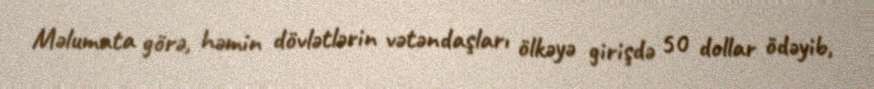
Məlumata görə, həmin dövlətlərin vətəndaşları ölkəyə girişdə 50 dollar ödəyib,